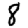
Digit: 8